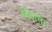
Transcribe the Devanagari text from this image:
विताला